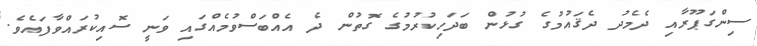
ސިންގަޕޫރާއި ދެމެދު ދެޤައުމުގެ ގުޅުން ބަދަހިކުރުމުގެ ގޮތުން ދެ އެއްބަސްވުމެއްގައި ވަނީ ސޮއިކުރައްވާފައެވެ.